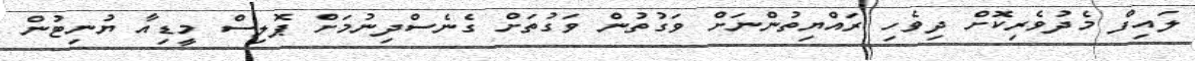
ލައިފް މެދުވެރިކޮށް ދިވެހި ރައްޔިތުންނަށް ވަގުތުން ވަގުތަށް ގެނެސްދިނުމަށް ޕޮލިސް މީޑިއާ ޔުނިޓުން